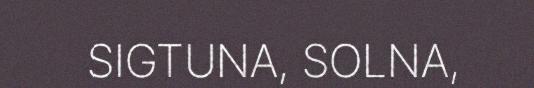
SIGTUNA, SOLNA,